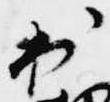
出